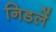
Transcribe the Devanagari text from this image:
निडलें